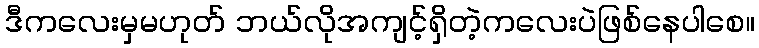
ဒီကလေးမှမဟုတ် ဘယ်လိုအကျင့်ရှိတဲ့ကလေးပဲဖြစ်နေပါစေ။